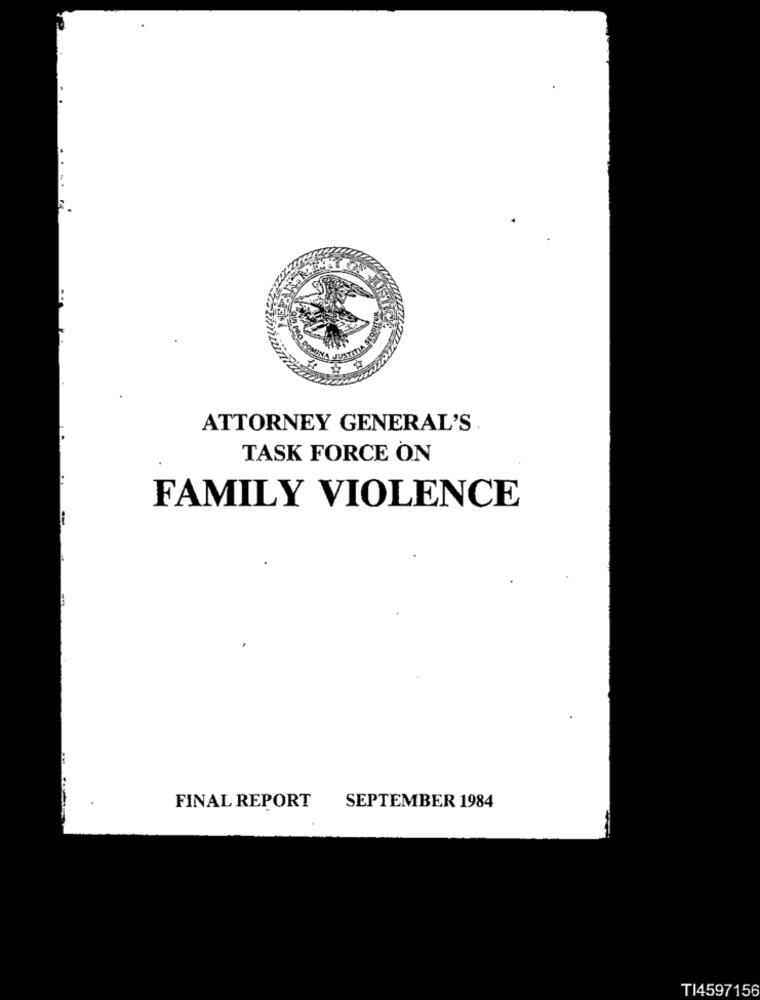
..
ATTORNEY GENERAL'S
TASK FORCE ON
FAMILY VIOLENCE
-
FINAL REPORT
SEPTEMBER 1984
TI4597156